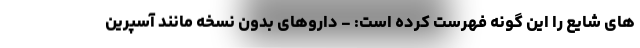
های شایع را این گونه فهرست کرده است: - داروهای بدون نسخه مانند آسپرین